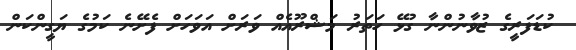
ކުޑަފަރީގެ ޒުވާނުންނާ ގުޅޭ ހަތަރު މަޝްރޫއެއް ވަރަށް އަވަހަށް ފެށޭނެ ކަމުގެ ޔަގީންކަން